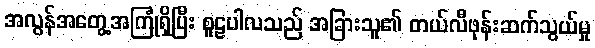
အလွန်အတွေ့အကြုံရှိပြီး စူဠပါလသည် အခြားသူ၏ တယ်လီဖုန်းဆက်သွယ်မှု